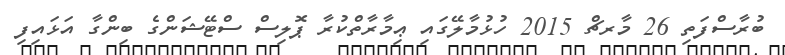
ބުރާސްފަތި 26 މާރޗް 2015 ހުޅުމާލޭގައި ޢިމާރާތްކުރާ ޕޮލިސް ސްޓޭޝަންގެ ބިންގާ އަޅައިފި